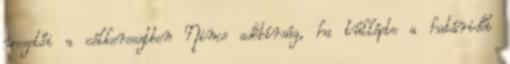
vezetői a célkeresztben Nincs adóbírság, ha túllépte a határidőt